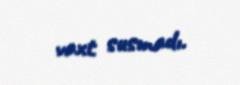
vaxt susmadı.